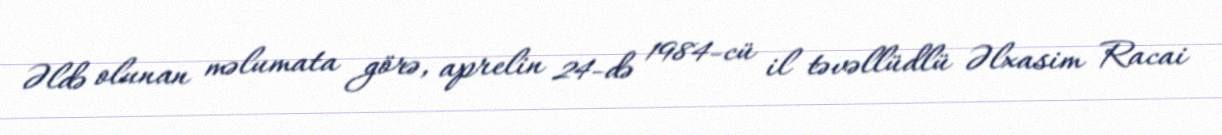
Əldə olunan məlumata görə, aprelin 24-də 1984-cü il təvəllüdlü Əlxasim Racai